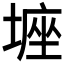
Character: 𡎻